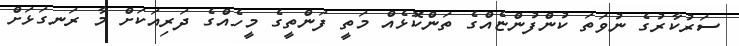
ސަރުކާރުގެ ނުވަތަ ކުންފުންޏެއްގެ ތަންކޮޅެއް މަތީ ފަންތީގެ މީހެއްގެ ދަރިއަކަށް މާ ރަނގަޅަށް